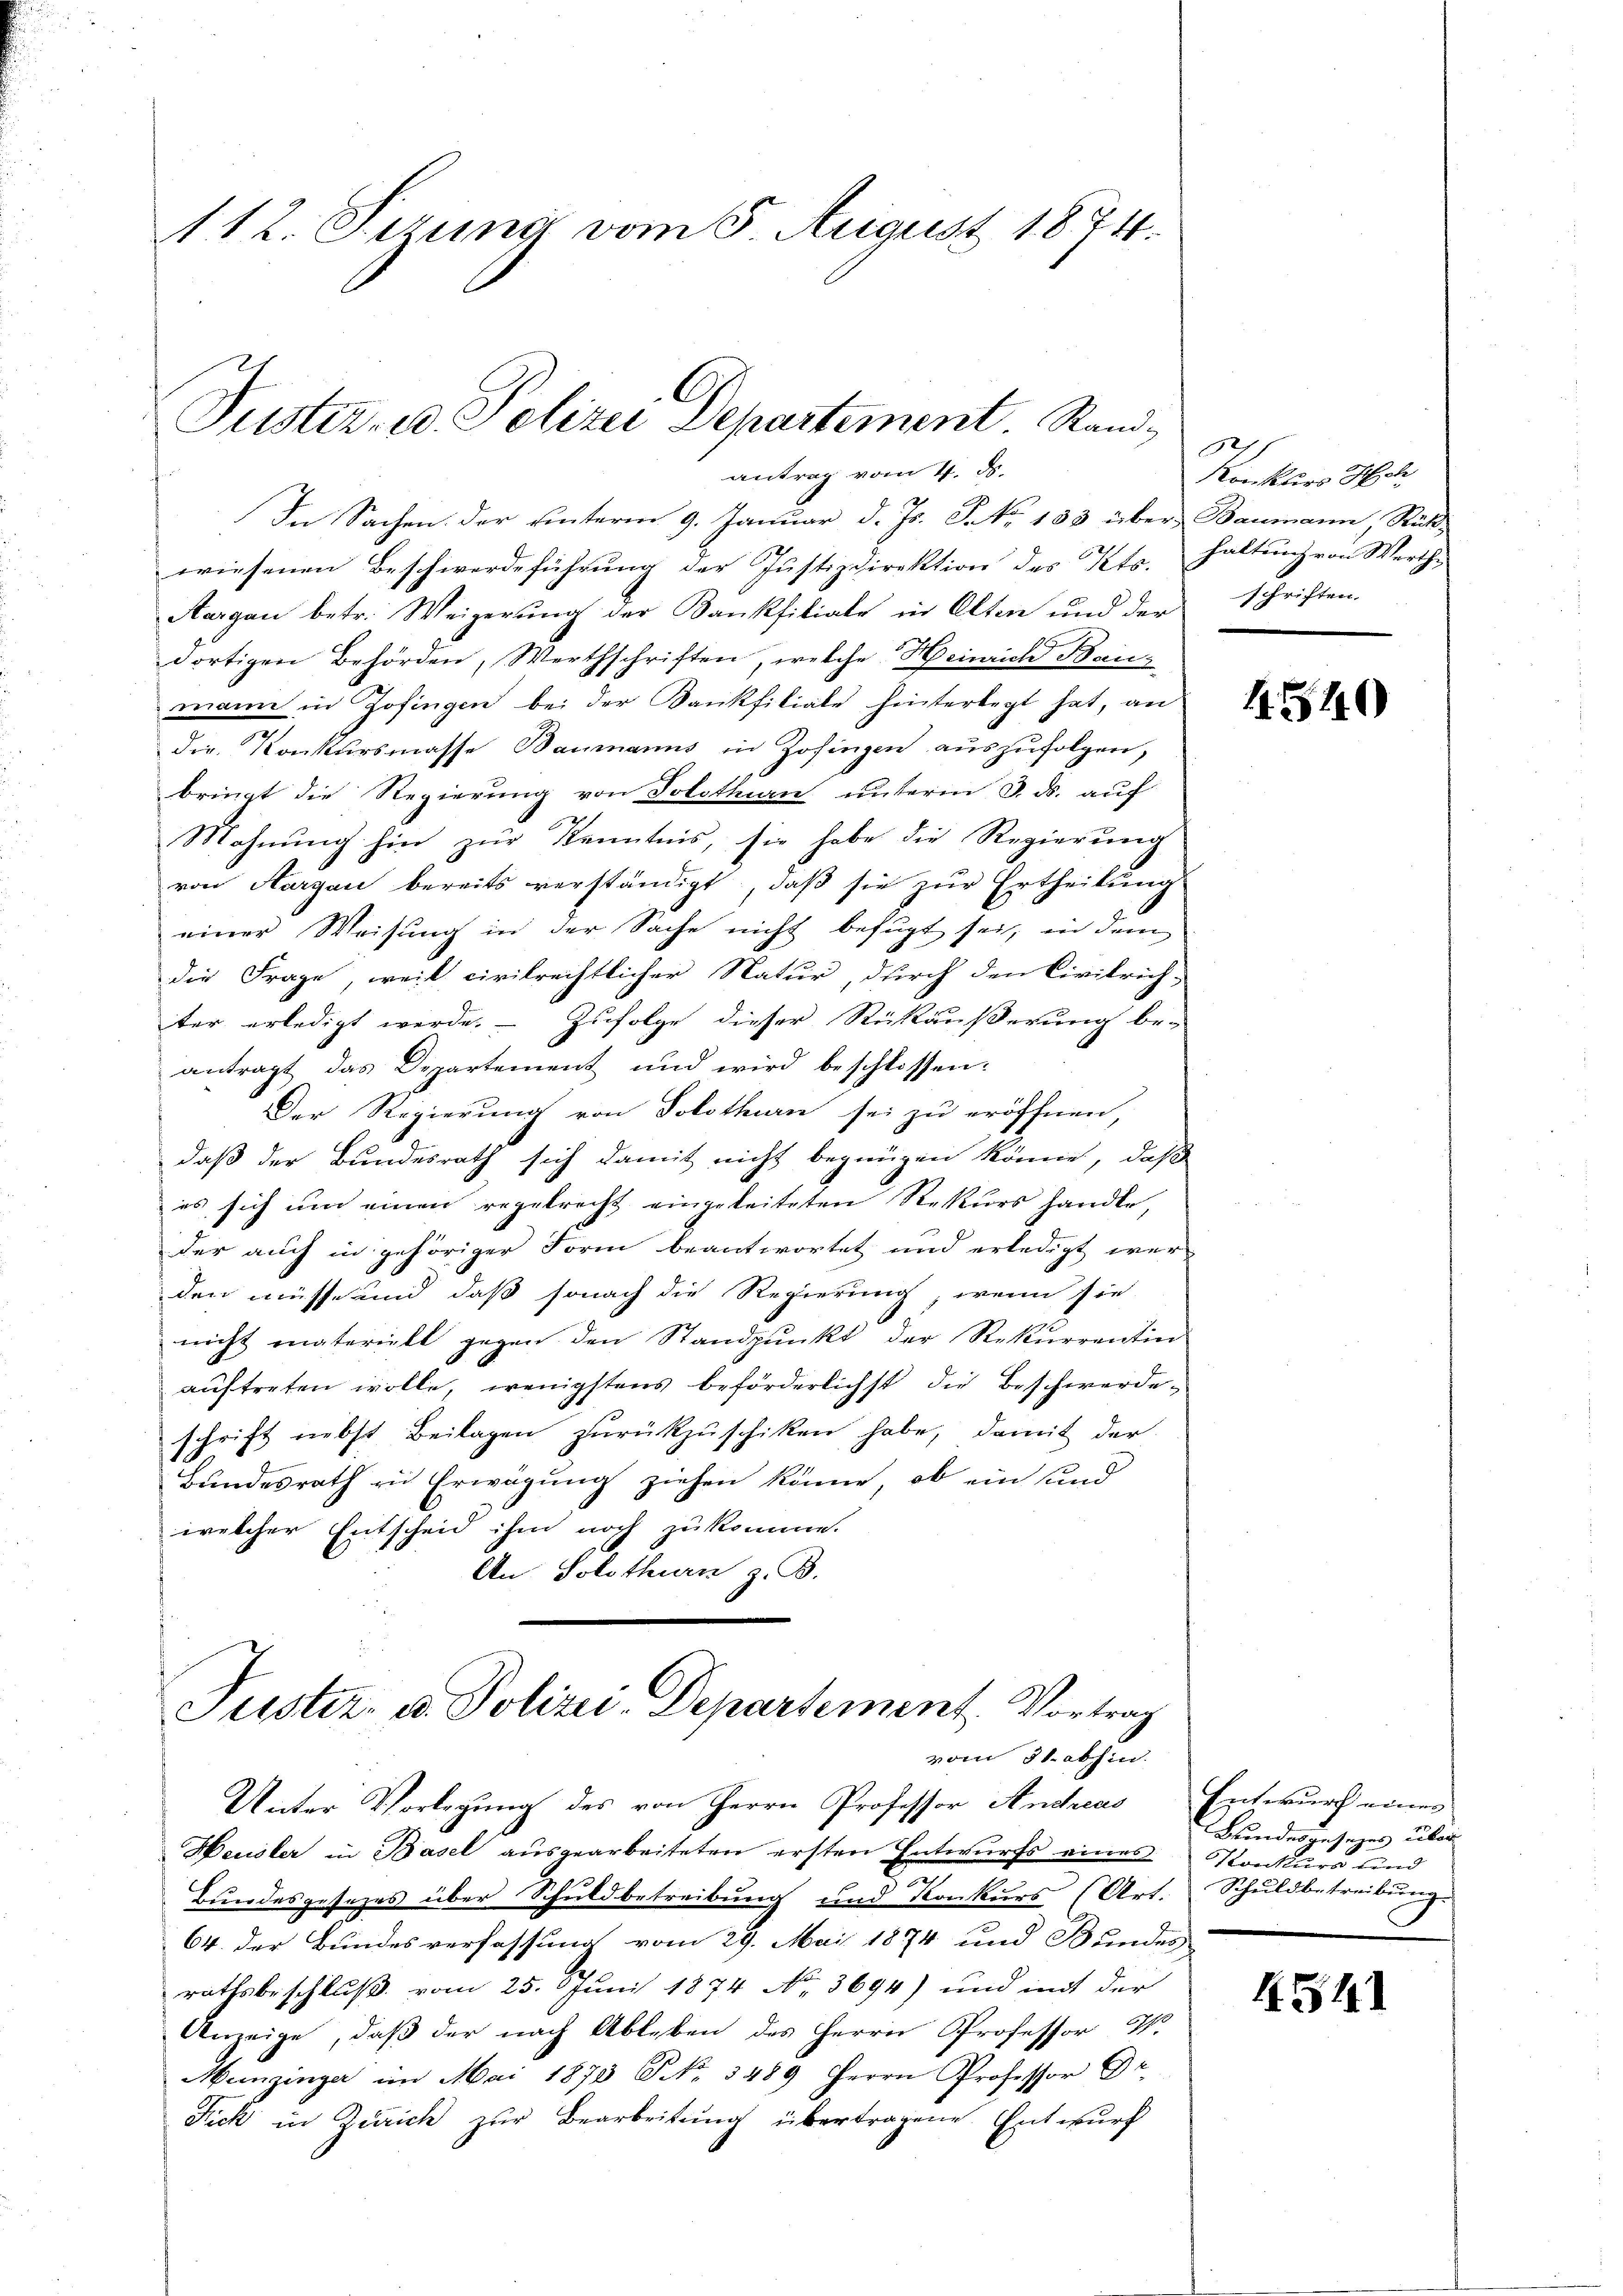
112. Sizung vom 5. August 1874.

Justiz- u. Polizei Departement. Stand¬

antrag vom 4. ds.
In Sachen. Der unterm 9. Januar d. Js. S. No. 183 über Baumann, Rück-
wiesenen Beschwerdeführung der Justizdirektion des Kts. haltung von Werthe
Aargau betr. Weigerung der Kankfiliale in Olten und der schriften.
dortigen Behörden, Werthschriften, welche Heinrich Beimann in Zofingen bei der Dankfiliale hinterlegt hat, an
die Konkursmasse Baumanns in Zofingen aŭszŭfolgen,
bringt die Regierung von Solothurn unterm 3. ds. auf
Mohnung hin zur Kenntnis, sie habe die Regierung
von Aargau bereits verständigt, daβ sie zŭr Ertheilŭng
einer Weisung in der Sache nicht befugt sei, in dem
die Frage, weil civilrechtlicher Natur, durch den Civilrich-
ter erledigt werde. Zufolge dieser Rückäußerung be-
antragt das Departement und wird beschlossen:
Der Regierung von Solothurn sei zu eröffnen,
daß der Bundesrath sich damit nicht begnügen könne, daß
es sich um einen regelrecht eingeleiteten Rekurs handle,
der auch in gehöriger Form beantwortet und erledigt wer-
den müsse und daß sonach die Regierung, wenn sie
nicht materiell gegen den Standpunkt der Rekurrentin
auftreten wolle, wenigstens beförderlichst die Beschwerdeschrift nebst Beilagen zurückzuschiken habe, damit der
Bundesrath zu Erwägung ziehen könne, ob ein und
welcher Entscheid ihm noch zu komme.
An Solothurn z. B.

Justiz- u. Polizei-Departement, Vortrag
vom 31. abhin.

Konkurs Hot

Unter Vorlegung des von Herrn Professor Andreas Entwurf einer
Heusler in Basel ausgearbeiteten ersten Entwurfs eines Konkurs sind
.
Bundesgesezes über Schuldbetreibŭng und Konkŭrs (Art. Schuldbetreibŭng
64. der Bundesverfassung vom 29. Mai 1874 und Bundes
rathsbeschluß vom 25. Juni 1874 No. 3694) und mit der
Anzeige, daß der nach Ableben des Herrn Professor M.
Munzinger im Mai 1873 NNo. 3489 Herrn Professor Dr.
Fick in Zürich zur Bearbeitung übertragene Entwurf

4540

Bundesgesezes über

4341